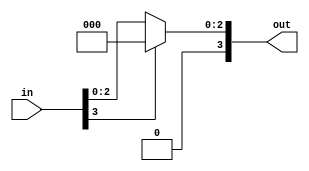
module relu(
    input [3:0] in,
    output [3:0] out
);

assign out = (in[3] == 0)? in : 0;

endmodule